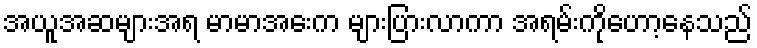
အယူအဆများအရ မာမာအေးက များပြားလာကာ အရမ်းကိုဟော့နေသည်